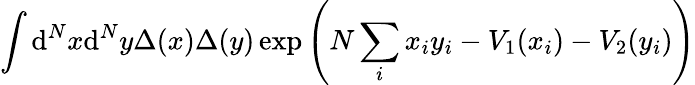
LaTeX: \int\mathrm{d}^{N}x\mathrm{d}^{N}y\Delta(x)\Delta(y)\exp\left(N\sum_{i}x_{i}y_{i}-V_{1}(x_{i})-V_{2}(y_{i})\right)